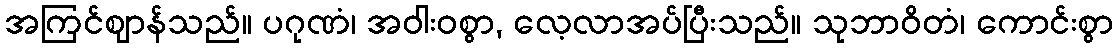
အကြင်ဈာန်သည်။ ပဂုဏံ၊ အဝါးဝစွာ, လေ့လာအပ်ပြီးသည်။ သုဘာဝိတံ၊ ကောင်းစွာ